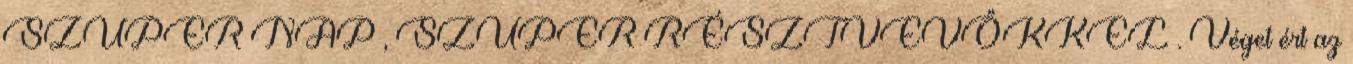
SZUPER NAP , SZUPER RÉSZTVEVŐKKEL . Véget ért az